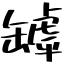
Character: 罅